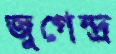
জুগেন্দ্র